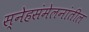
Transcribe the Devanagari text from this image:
स्नेहसंमेलनांतील